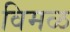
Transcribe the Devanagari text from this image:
विमळ